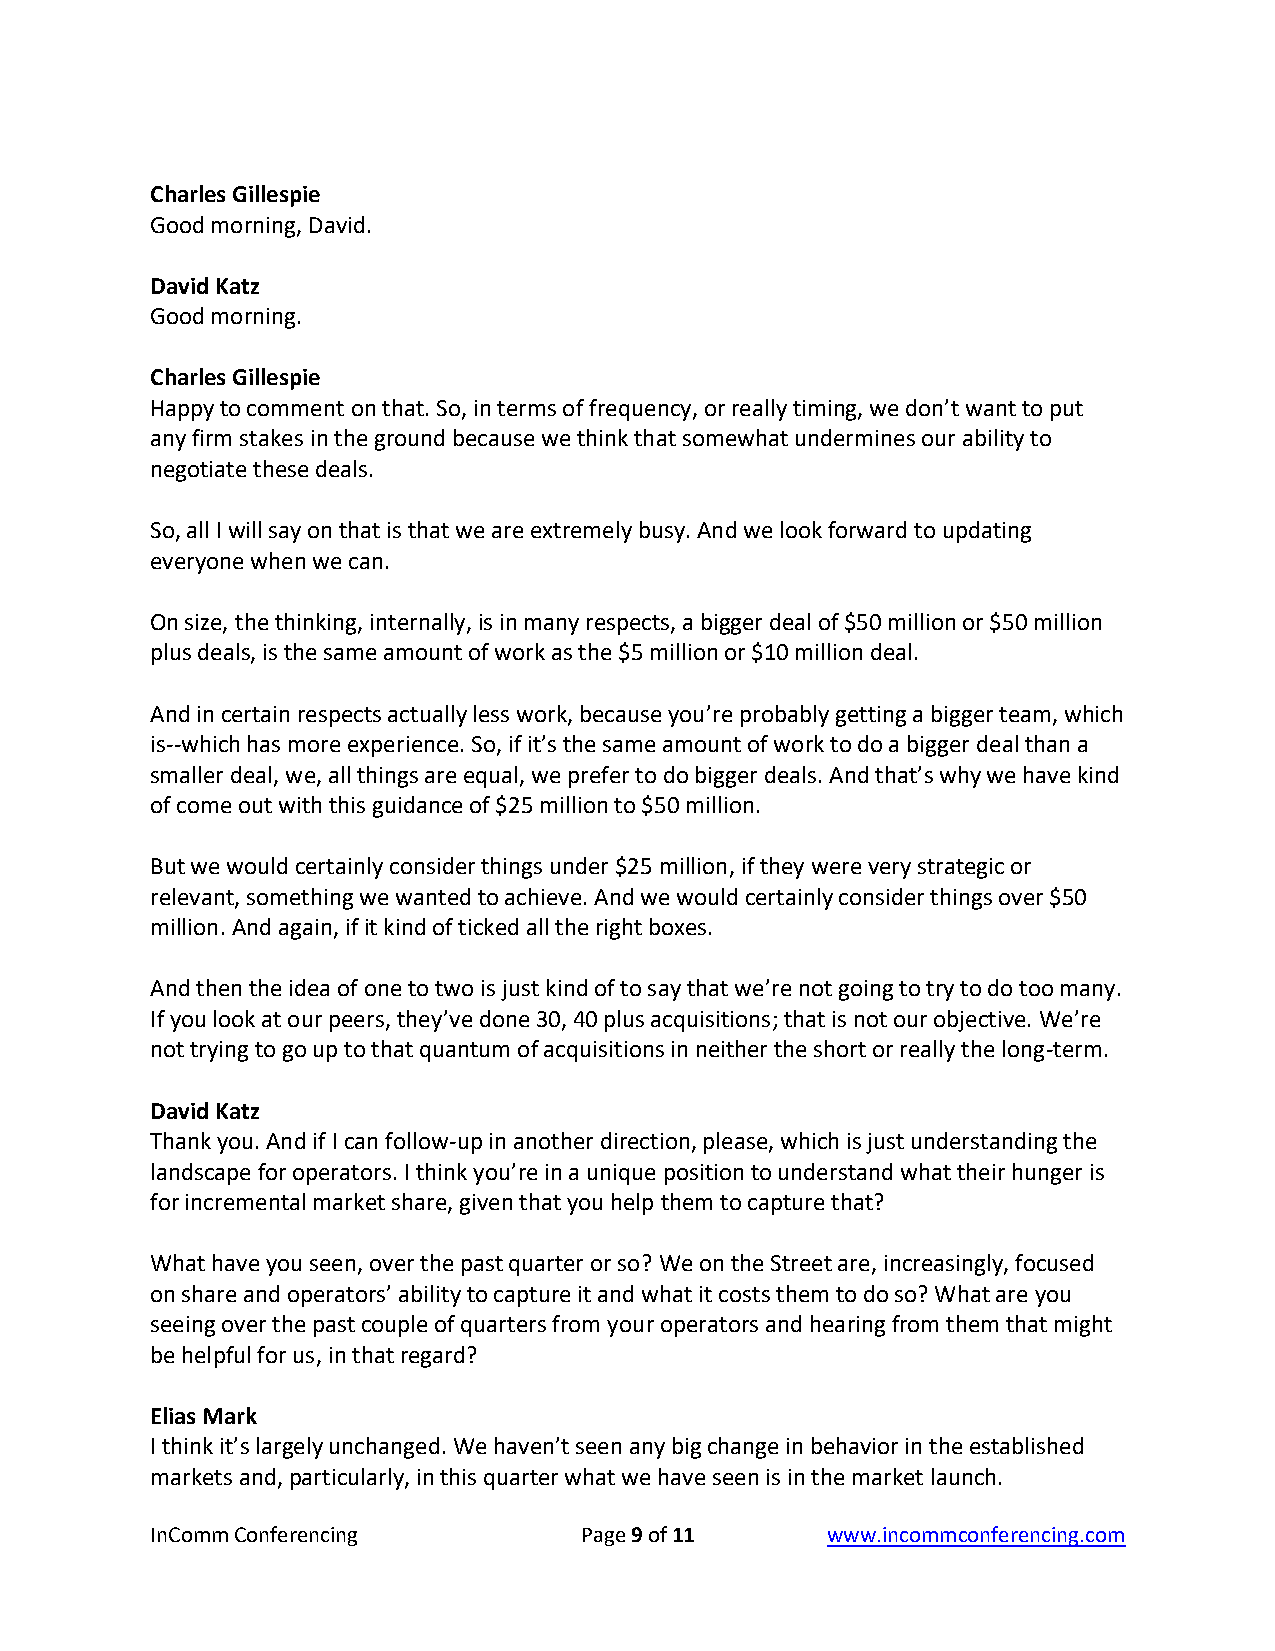
Charles Gillespie
 Good morning, David.
 David Katz
 Good morning.
 Charles Gillespie
 Happy to comment on that. So, in terms of frequency, or really timing, we don’t want to put
 any firm stakes in the ground because we think that somewhat undermines our ability to
 negotiate these deals.
 So, all I will say on that is that we are extremely busy. And we look forward to updating
 everyone when we can.
 On size, the thinking, internally, is in many respects, a bigger deal of $50 million or $50 million
 plus deals, is the same amount of work as the $5 million or $10 million deal.
 And in certain respects actually less work, because you’re probably getting a bigger team, which
 is--which has more experience. So, if it’s the same amount of work to do a bigger deal than a
 smaller deal, we, all things are equal, we prefer to do bigger deals. And that’s why we have kind
 of come out with this guidance of $25 million to $50 million.
 But we would certainly consider things under $25 million, if they were very strategic or
 relevant, something we wanted to achieve. And we would certainly consider things over $50
 million. And again, if it kind of ticked all the right boxes.
 And then the idea of one to two is just kind of to say that we’re not going to try to do too many.
 If you look at our peers, they’ve done 30, 40 plus acquisitions; that is not our objective. We’re
 not trying to go up to that quantum of acquisitions in neither the short or really the long-term.
 David Katz
 Thank you. And if I can follow-up in another direction, please, which is just understanding the
 landscape for operators. I think you’re in a unique position to understand what their hunger is
 for incremental market share, given that you help them to capture that?
 What have you seen, over the past quarter or so? We on the Street are, increasingly, focused
 on share and operators’ ability to capture it and what it costs them to do so? What are you
 seeing over the past couple of quarters from your operators and hearing from them that might
 be helpful for us, in that regard?
 Elias Mark
 I think it’s largely unchanged. We haven’t seen any big change in behavior in the established
 markets and, particularly, in this quarter what we have seen is in the market launch.
 InComm Conferencing         Page 9 of 11     www.incommconferencing.com